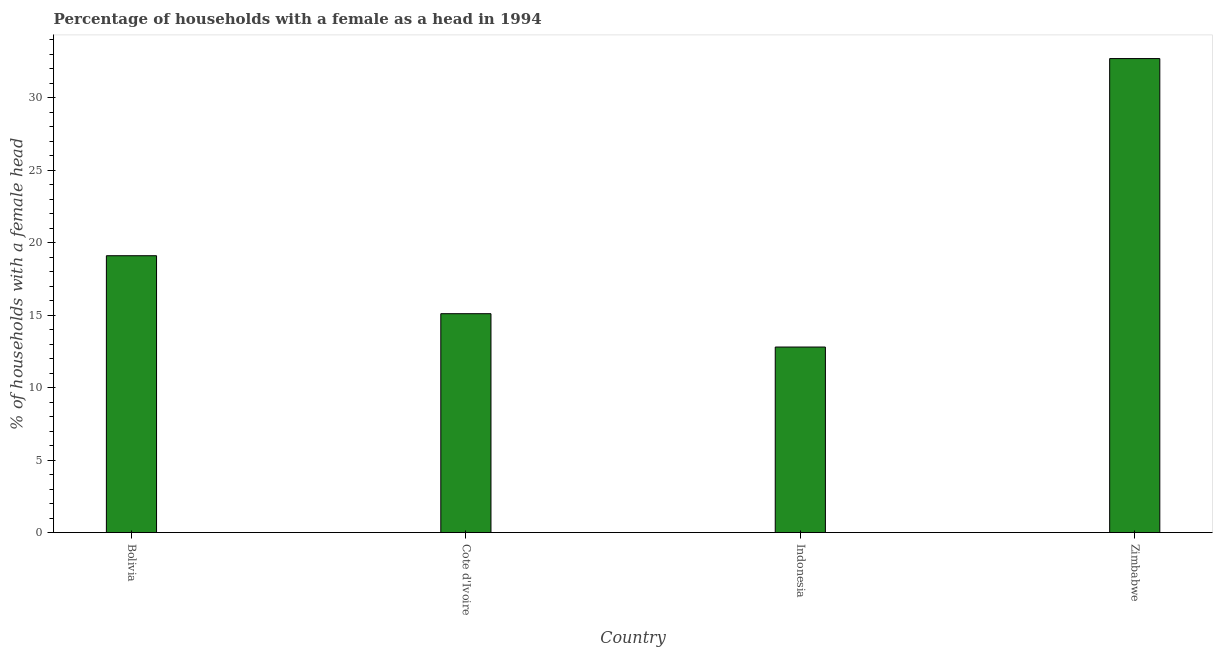
| Country | Female headed households |
 | --- | --- |
 | Bolivia | 19.1 |
 | Cote d'Ivoire | 15.1 |
 | Indonesia | 12.8 |
 | Zimbabwe | 32.7 |